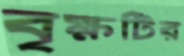
বৃক্ষটির